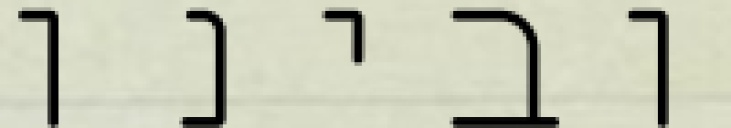
ובינו